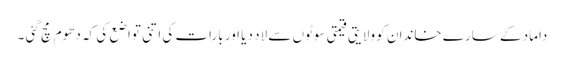
داماد کے سارے خاندان کو ولایتی قیمتی سوٹوں سے لاد دیا اور بارات کی اتنی تواضع کی کہ دھوم مچ گئی ۔